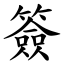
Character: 簽